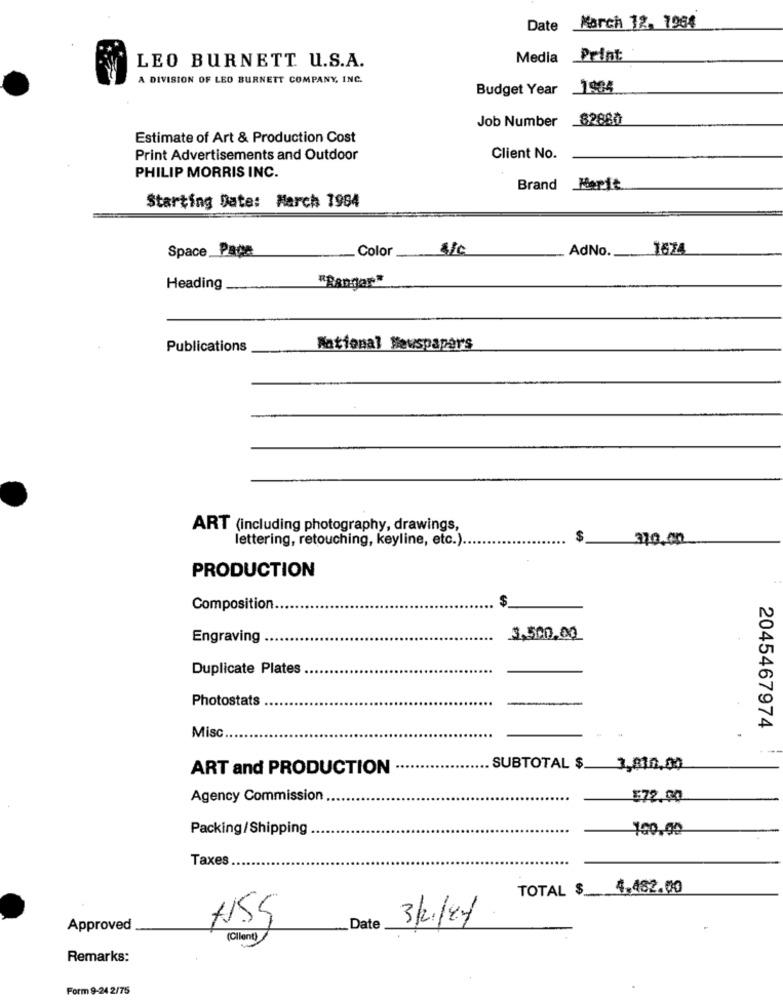
Date March 12. 1964
Media Print
LEO BURNETT U.S.A.
A DIVISION OF LEO BURNETT COMPANY, INC.
Budget Year _1984
Job Number _8288₺
Estimate of Art & Production Cost
Print Advertisements and Outdoor
Client No.
PHILIP MORRIS INC.
Brand Merit
Starting Date: March 1984
Space Para
AdNo.
1674
Color __
Heading
"Bangar"
Publications
National Newspaper's
ART (including photography, drawings,
lettering, retouching, keyline, etc.).
$
31.0.00
PRODUCTION
$
Composition
Engraving
3.500,00
Duplicate Plates
Photostats
Misc
2045467974
ART and PRODUCTION
SUBTOTAL $.
3,810,00
Agency Commission
$72.00
Packing/Shipping
Taxes
TOTAL $ 4,482.00
3/21/84
Approved
Date
(Cilante
Remarks:
Form 9-24 2/75